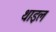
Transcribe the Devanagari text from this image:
थाइल